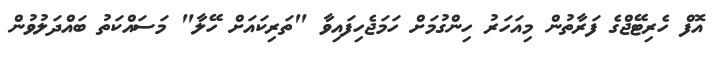
އޮފް ހެރިޓޭޖްގެ ފަރާތުން މިއަހަރު ހިންގުމަށް ހަމަޖެހިފައިވާ "ތަރިކައަށް ހޭލާ" މަސައްކަތު ބައްދަލުވުން